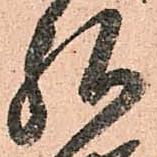
弘